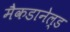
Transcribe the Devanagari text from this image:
मैकडानेल्ड